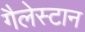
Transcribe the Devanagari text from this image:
गैलेस्टान